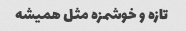
تازه و خوشمزه مثل همیشه